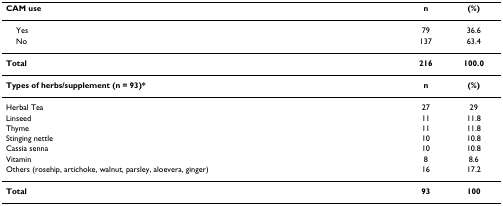
<table><thead><tr><td><b>CAM use</b></td><td><b>n</b></td><td><b>(%)</b></td></tr></thead><tbody><tr><td> Yes</td><td>79</td><td>36.6</td></tr><tr><td> No</td><td>137</td><td>63.4</td></tr><tr><td><b>Total</b></td><td><b>216</b></td><td><b>100.0</b></td></tr><tr><td><b>Types of herbs/supplement (n = 93)*</b></td><td><b>n</b></td><td><b>(%)</b></td></tr><tr><td>Herbal Tea</td><td>27</td><td>29</td></tr><tr><td>Linseed</td><td>11</td><td>11.8</td></tr><tr><td>Thyme</td><td>11</td><td>11.8</td></tr><tr><td>Stinging nettle</td><td>10</td><td>10.8</td></tr><tr><td>Cassia senna</td><td>10</td><td>10.8</td></tr><tr><td>Vitamin</td><td>8</td><td>8.6</td></tr><tr><td>Others (rosehip, artichoke, walnut, parsley, aloevera, ginger)</td><td>16</td><td>17.2</td></tr><tr><td><b>Total</b></td><td><b>93</b></td><td><b>100</b></td></tr></tbody></table>